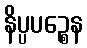
နိပ္ပပဉ္စေန